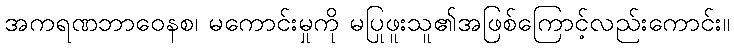
အကရဏဘာဝေနစ၊ မကောင်းမှုကို မပြုဖူးသူ၏အဖြစ်ကြောင့်လည်းကောင်း။